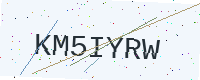
Text: KM5IYRW